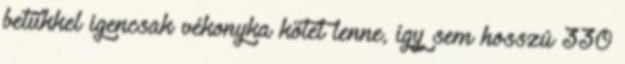
betűkkel igencsak vékonyka kötet lenne, így sem hosszú 330